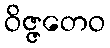
ဝိဇ္ဇတေဝ